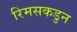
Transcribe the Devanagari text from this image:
रिमसकडुन